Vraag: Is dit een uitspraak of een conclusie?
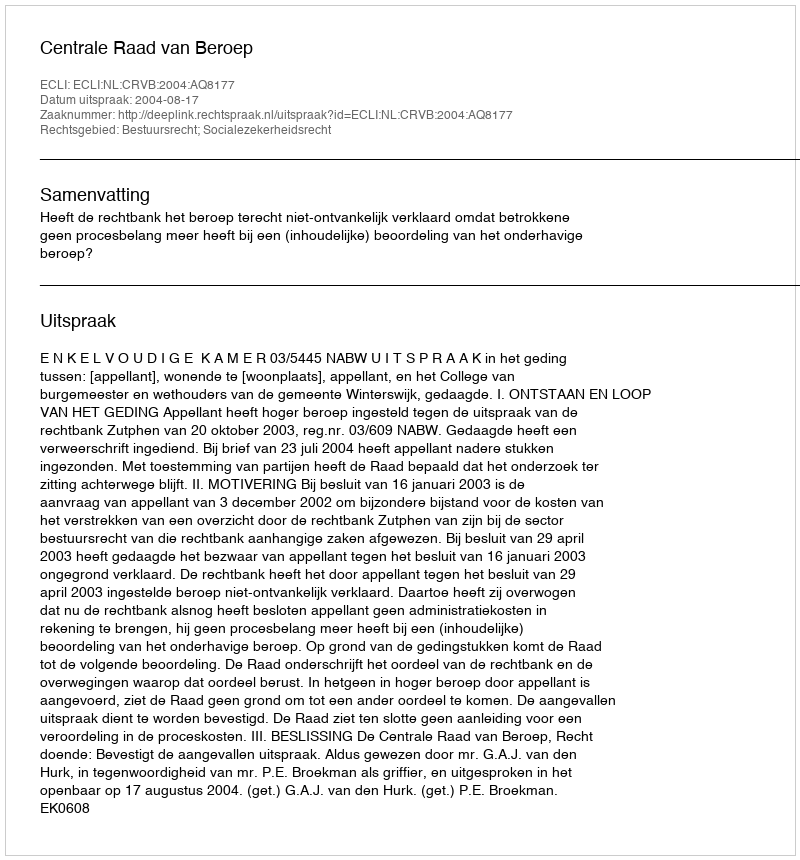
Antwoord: Uitspraak